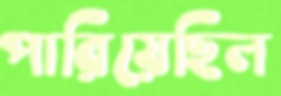
পারিয়েছিল